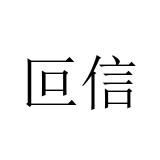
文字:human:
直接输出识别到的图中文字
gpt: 叵信